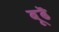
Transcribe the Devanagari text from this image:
बूढॆ